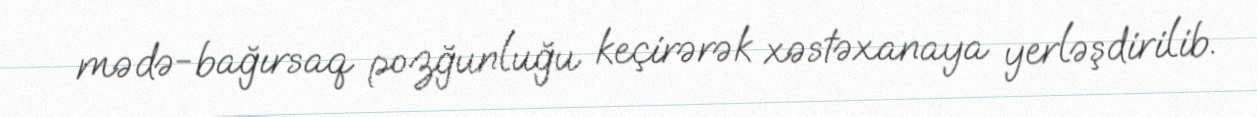
mədə-bağırsaq pozğunluğu keçirərək xəstəxanaya yerləşdirilib.